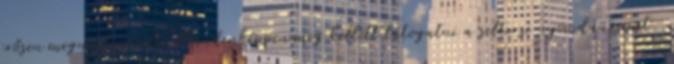
erősen megnyilvánult. Mindenképpen meg kellett látogatni a seltersi nyomdaüzemet,